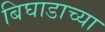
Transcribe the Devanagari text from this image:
बिघाडाच्या